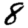
Digit: 8